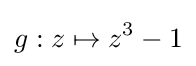
g:z\mapsto z^{3}-1